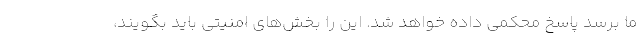
ما برسد پاسخ محکمی داده خواهد شد. این را بخش‌های امنیتی باید بگویند،